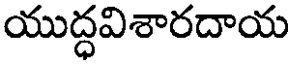
యుద్ధవిశారదాయ